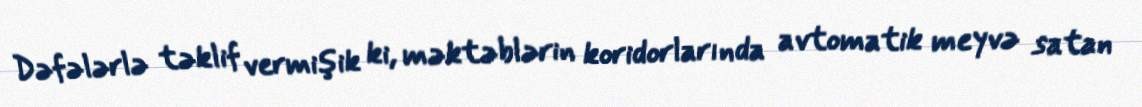
Dəfələrlə təklif vermişik ki, məktəblərin koridorlarında avtomatik meyvə satan